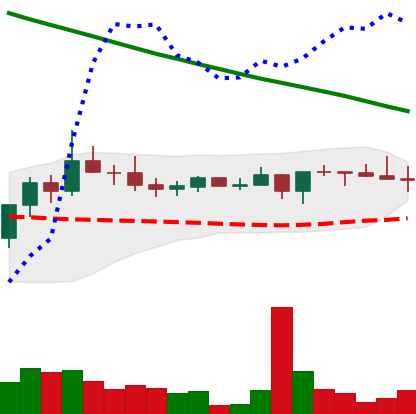
Ticker: XRP-USD
Chart end date: 2022-08-15
Forward return: -10.175%
Label: down_7plus